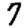
Digit: 7